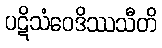
ပဋိသံဝေဒိဿသီတိ